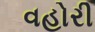
વહોરી